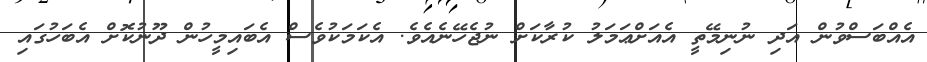
އެއްބަސްވުން އަދި ނުނިމޭތީ އެއަށްޢަމަލު ކުރާކަށް ނުޖެހޭނެއެވެ. އެކަމަކުވެސް އެބައިމީހުން ދޫނުކޮށް އެބަހުގައި